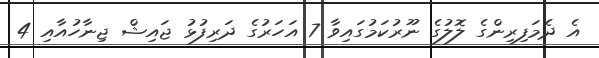
އެ ދެމަފިރިންގެ ލޮލުގެ ނޫރުކަމުގައިވާ 7 އަހަރުގެ ދަރިފުޅު ޖައިޝް ޖިނާހުއާއި 4